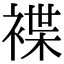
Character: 褋